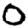
Digit: 0